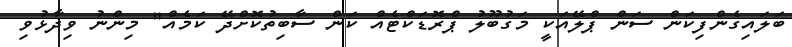
ބަލައިގެންފިކަން ސަން ޕްލޭއަކީ މަގުބޫލު ޕްރޮޑަކްޓެއް ކަން ސާބިތުކޮށްދޭ ކަމެއް" މިންނު ވިދާޅުވި